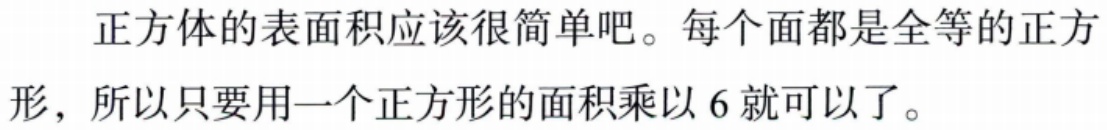
正方体的表面积应该很简单吧。每个面都是全等的正方形，所以只要用一个正方形的面积乘以 \(6\) 就可以了。